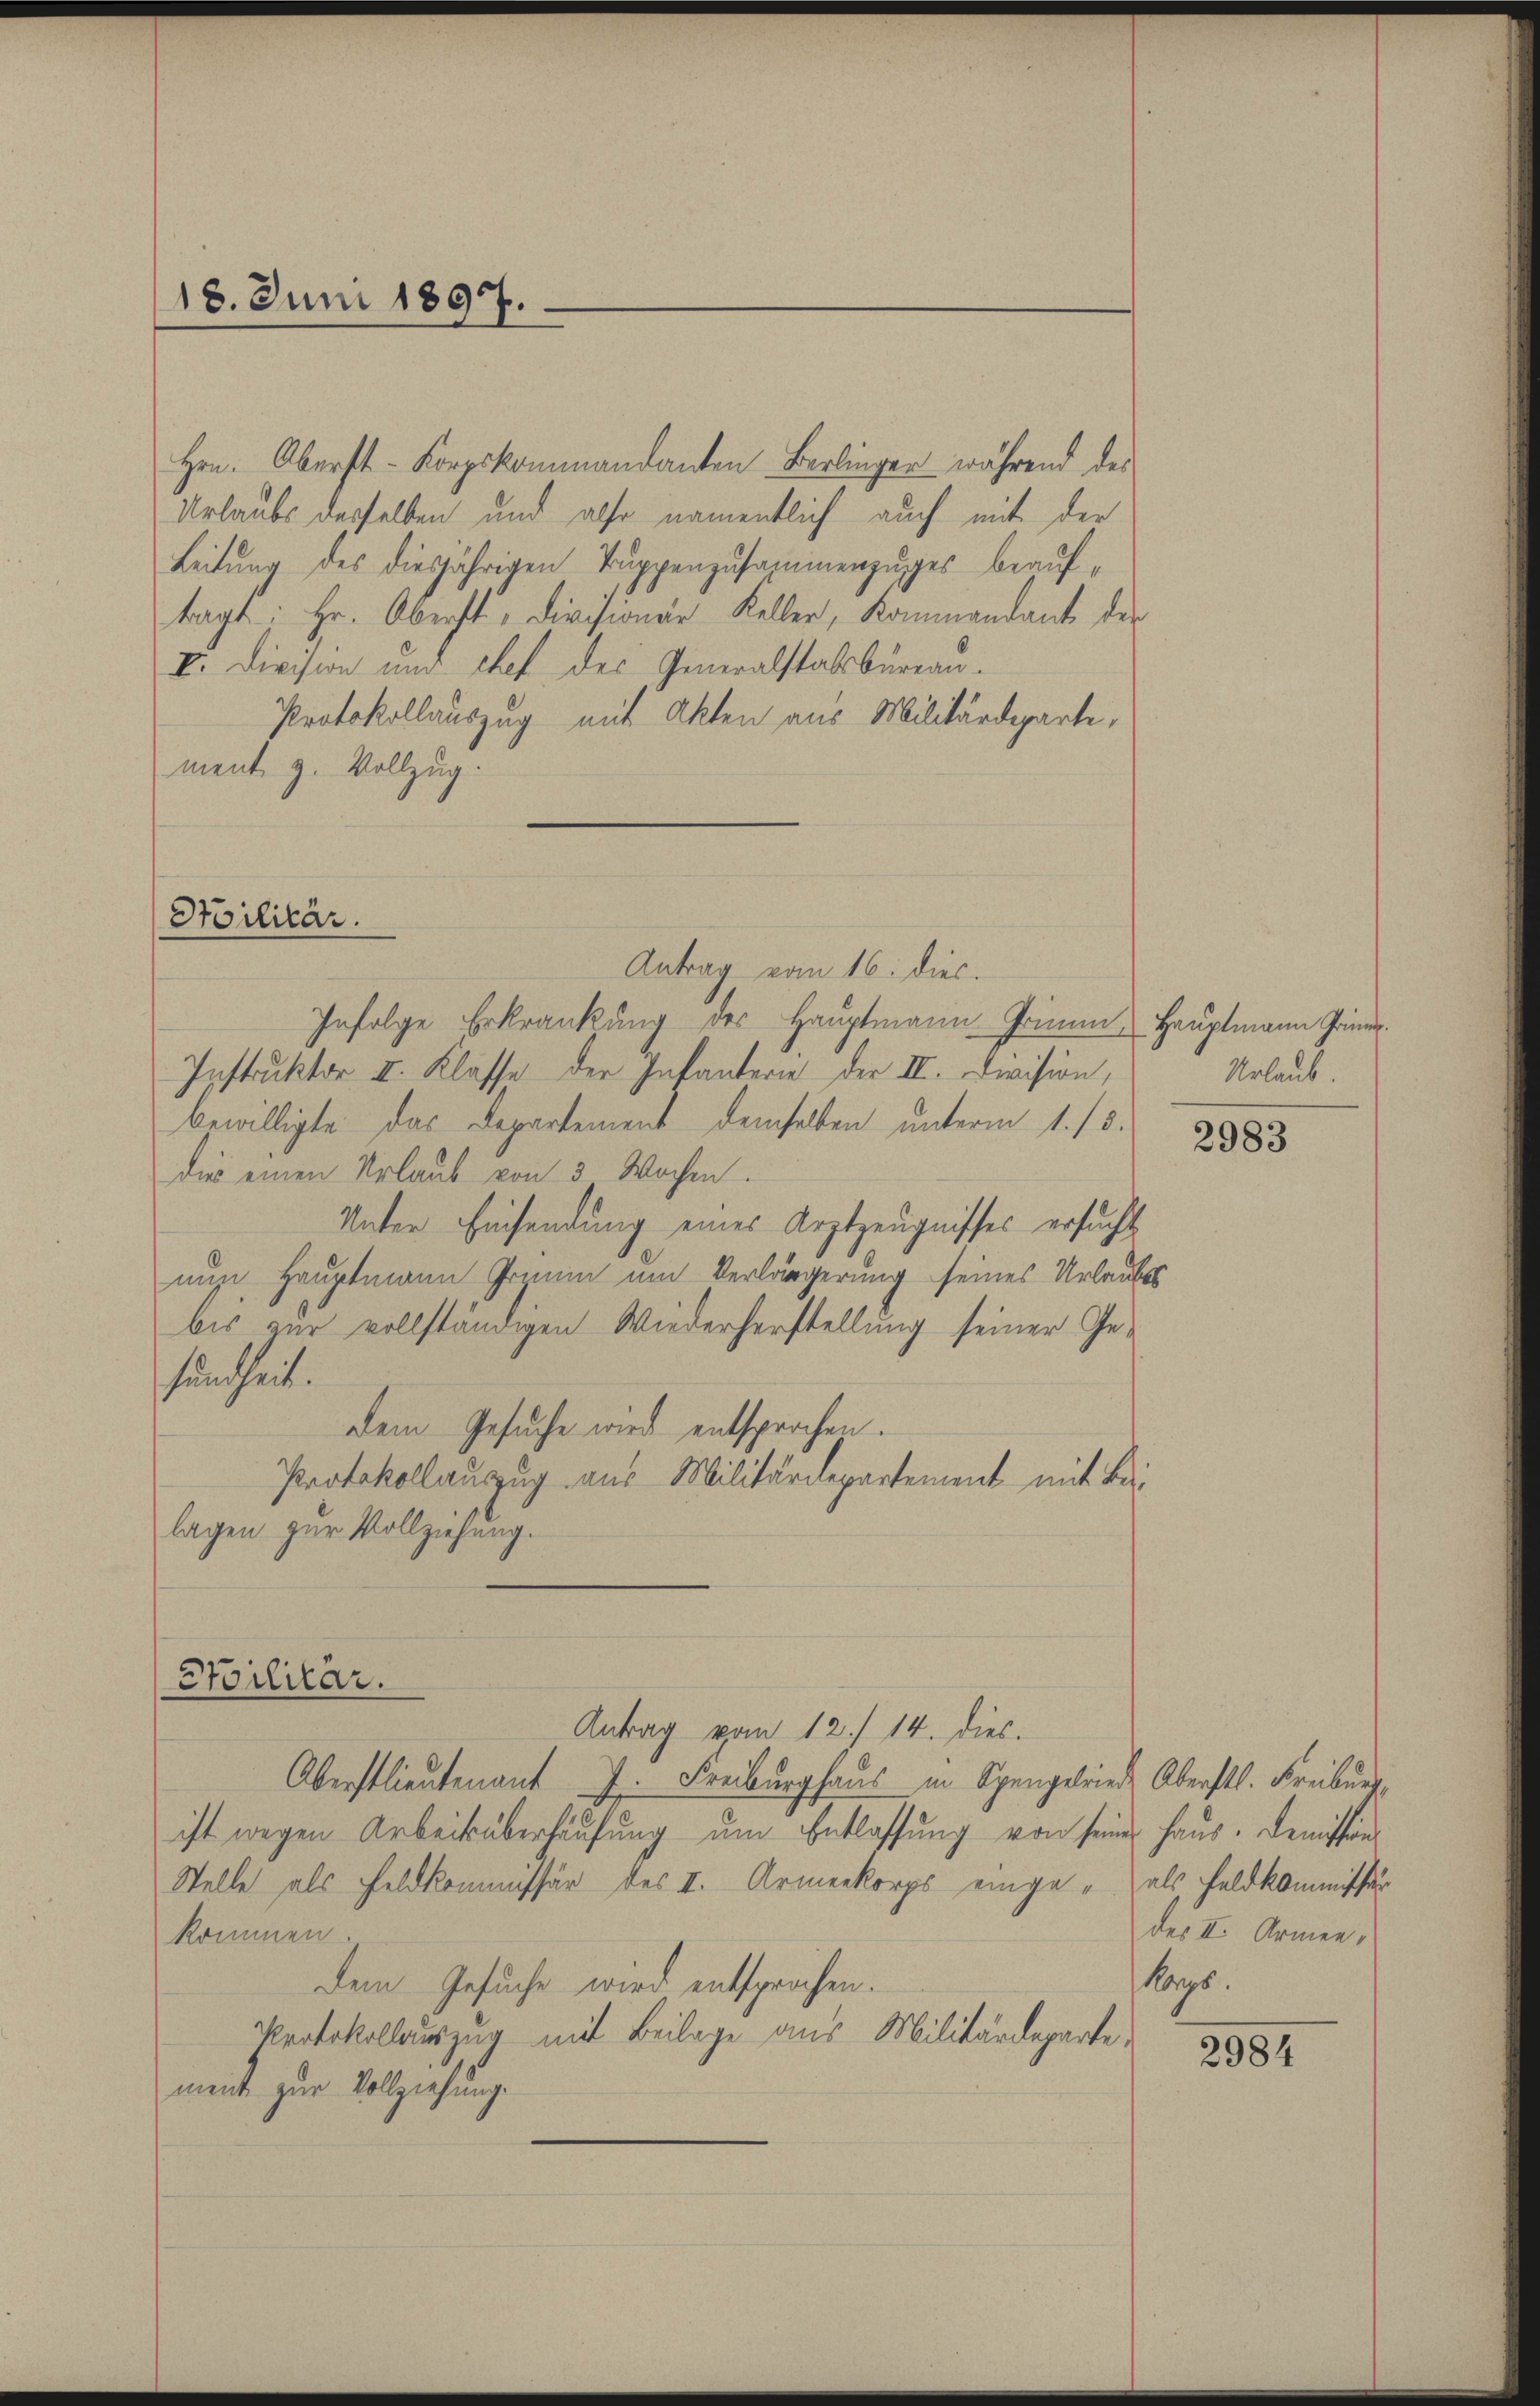
18. Juni 1897.

Hrn. Oberst- Korpskommandanten Berlinger während des
Urlaubs desselben und also namentlich auch mit der
Leitung des diesjährigen Tuppenzusammenzuges beauftragt: Hr. Oberst-Divisionär Keller, Kommandant der
I. Division und chef des Generalstalsbureau.
Protokollauszug mit Akten aus Militärdeparte,
ment z. Vollzug.

Stoilitär.

Antrag vom 16. dies.
Infolge Erkrankung des Hauptmann Grimm, Hauptmann Prin
Instruktor II. Klasse der Infanterie der II. Division,
bewilligte das Departement demselben unterm 1. /5.
Dies einen Urlaub von 3 Wochen.
Unter Einsendung eines Arztzeugnisses ersucht
nun Hauptmann Grimm um Verlängerung seines Urlaubes
bis zur vollständigen Wiederherstellung seiner Gesundheit.
dem Gesuche wird entsprochen.
Protokollauszug aus Militärdepartement mit Be-
lagen zur Vollziehung.
Stoilitär.
Antrag vom 12. 14. dies.
Oberstlieutenant 7. Freiburghaus in Spengelriede Oberstl. Freiburg,
ist wegen Arbeits überhausung um Entlassung von seiner Haus. Demistin¬
Stelle als Feldkommissär des II. Armenkorps einge - als Feldkommissär
kommen.
Dem Gesuche wird entsprochen.
Protokollauszug mit Beilage aus Militärdeparte,
meint zur Vollziehung.

Urlaub.

2983

des II. Armen,
karps.

2984